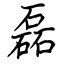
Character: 磊